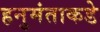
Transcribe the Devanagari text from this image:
हनुमंताकडे